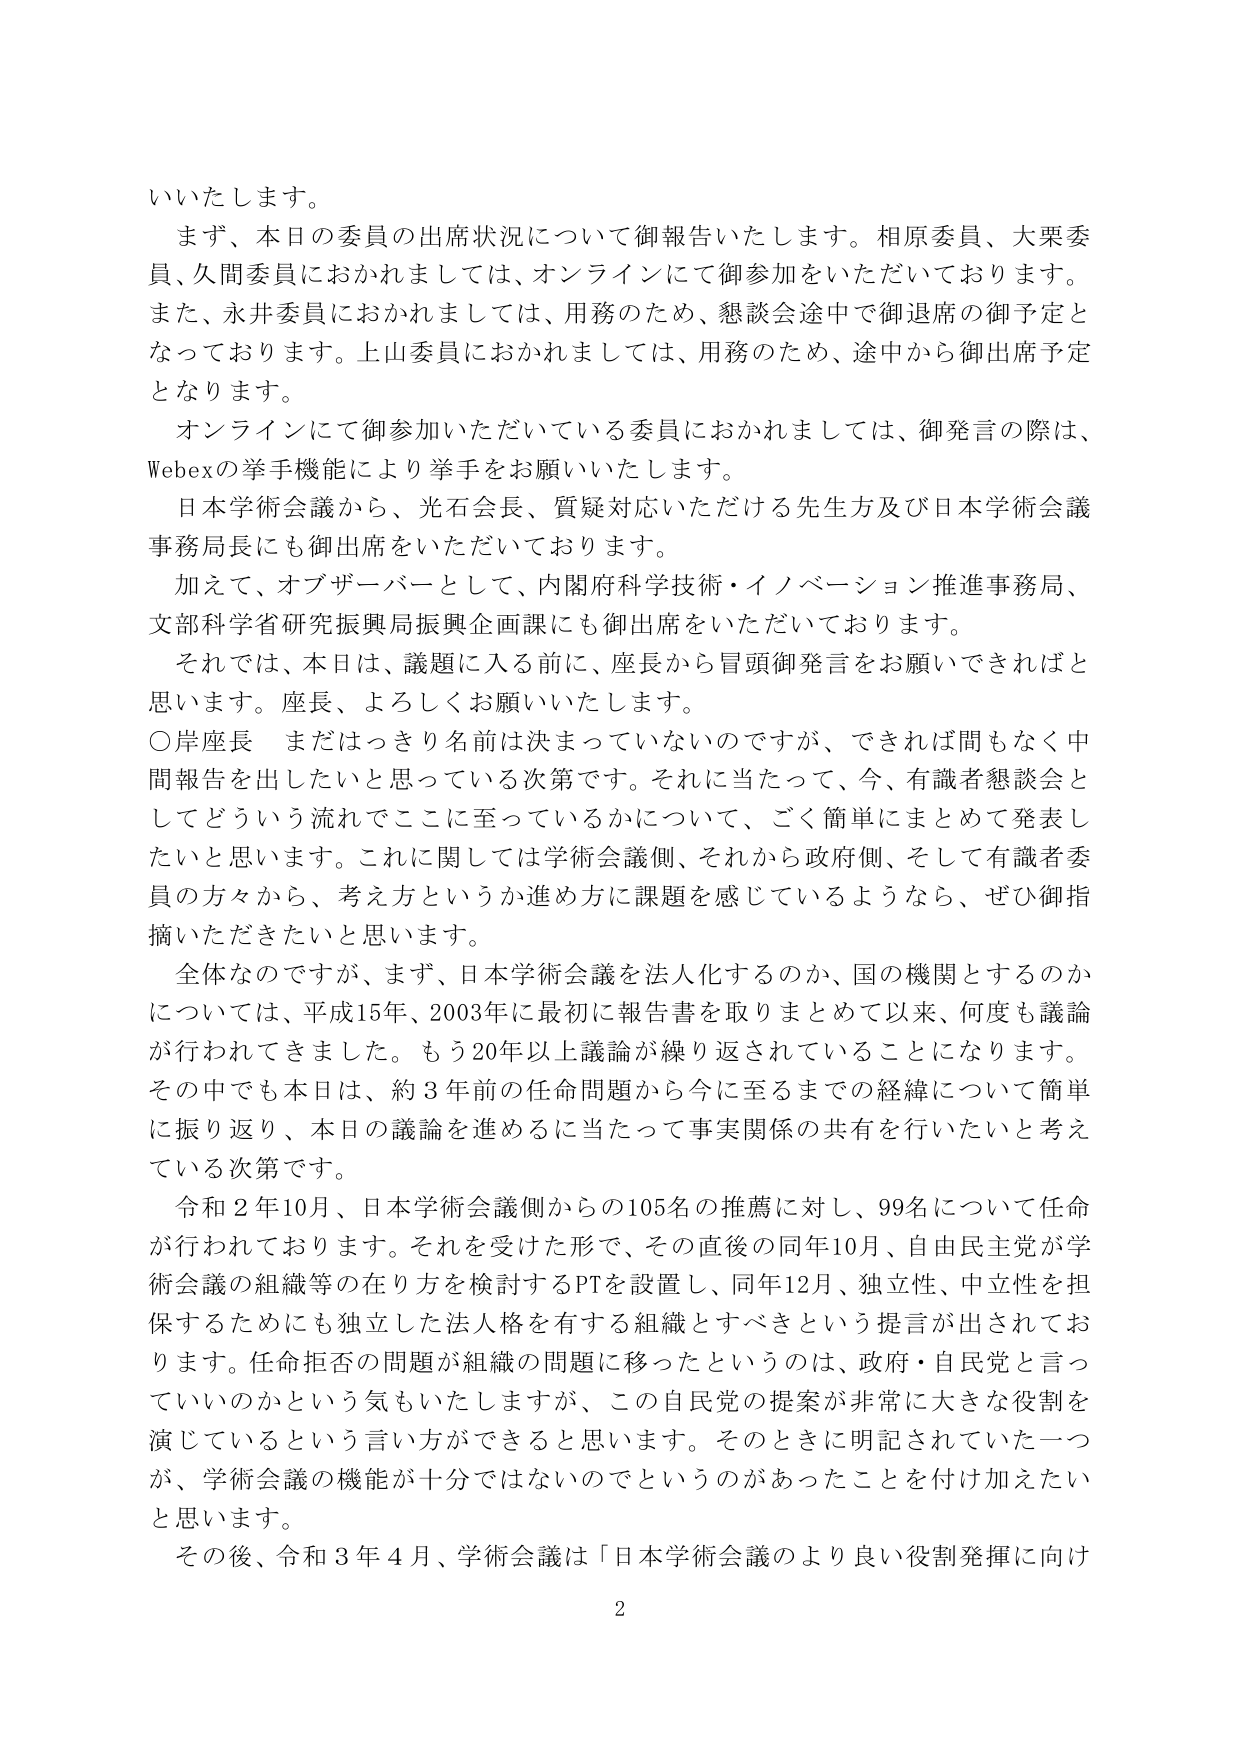
いいたします。

まず、本日の委員の出席状況について御報告いたします。相原委員、大栗委員、久間委員におかれましては、オンラインにて御参加をいただいております。また、永井委員におかれましては、用務のため、懇談会途中で御退席の御予定となっております。上山委員におかれましては、用務のため、途中から御出席予定となります。

オンラインにて御参加いただいている委員におかれましては、御発言の際は、Webexの挙手機能により挙手をお願いいたします。

日本学術会議から、光石会長、質疑対応いただける先生方及び日本学術会議事務局長にも御出席をいただいております。

加えて、オブザーバーとして、内閣府科学技術・イノベーション推進事務局、文部科学省研究振興局振興企画課にも御出席をいただいております。

それでは、本日は、議題に入る前に、座長から冒頭御発言をお願いできればと思います。座長、よろしくお願いいたします。

○岸座長　まだはっきり名前は決まっていないのですが、できれば間もなく中間報告を出したいと思っている次第です。それに当たって、今、有識者懇談会としてどういう流れでどこに至っているかについて、ごく簡単にまとめて発表したいと思います。これに関しては学術会議側、それから政府側、そして有識者委員の方々から、考え方というか進め方に課題を感じているようなら、ぜひ御指摘いただきたいと思います。

全体なのですが、まず、日本学術会議を法人化するのか、国の機関とするのかについては、平成15年、2003年に最初に報告書を取りまとめて以来、何度も議論が行われてきました。もう20年以上議論が繰り返されていることになります。その中でも本日は、約3年前の任命問題から今に至るまでの経緯について簡単に振り返り、本日の議論を進めるに当たって事実関係の共有を行いたいと考えている次第です。

令和2年10月、日本学術会議側からの105名の推薦に対し、99名について任命が行われております。それを受けた形で、その直後の同年10月、自由民主党が学術会議の組織等の在り方を検討するPTを設置し、同年12月、独立性、中立性を担保するためにも独立した法人格を有する組織とすべきという提言が出されております。任命拒否の問題が組織の問題に移ったというのは、政府・自民党と言っているのかという気もいたしますが、この自民党の提案が非常に大きな役割を演じているという言い方ができると思います。そのときに明記されていた一つが、学術会議の機能が十分ではないのでというのがあったことを付け加えたいと思います。

その後、令和3年4月、学術会議は「日本学術会議のより良い役割発揮に向け

2